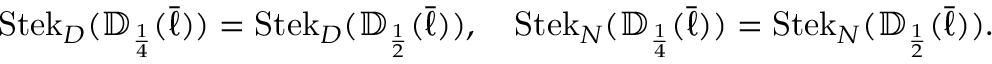
\operatorname { S t e k } _ { D } ( { \mathbb { D } } _ { \scriptscriptstyle { \frac { 1 } { 4 } } } ( \bar { \ell } ) ) = \operatorname { S t e k } _ { D } ( { \mathbb { D } } _ { \scriptscriptstyle { \frac { 1 } { 2 } } } ( \bar { \ell } ) ) , \quad \operatorname { S t e k } _ { N } ( { \mathbb { D } } _ { \scriptscriptstyle { \frac { 1 } { 4 } } } ( \bar { \ell } ) ) = \operatorname { S t e k } _ { N } ( { \mathbb { D } } _ { \scriptscriptstyle { \frac { 1 } { 2 } } } ( \bar { \ell } ) ) .